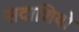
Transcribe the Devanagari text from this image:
सदाशिवो